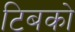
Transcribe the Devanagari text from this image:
टिबको